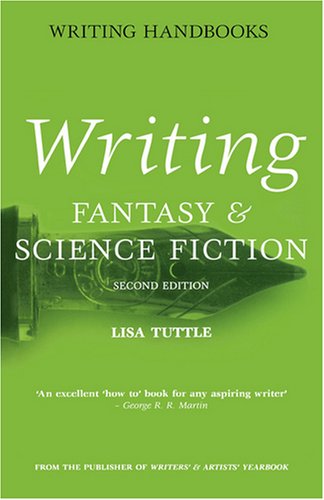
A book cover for Writing Fantasy & Science Fiction (Writing Handbooks); Lisa Tuttle; Science Fiction & Fantasy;